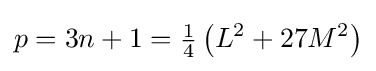
p=3n+1={\tfrac {1}{4}}\left(L^{2}+27M^{2}\right)